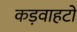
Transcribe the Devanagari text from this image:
कड़वाहटों